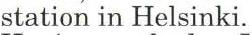
station in Helsinki.